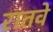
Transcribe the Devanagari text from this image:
रातवे